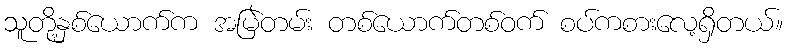
သူတို့နှစ်ယောက်က အမြဲတမ်း တစ်ယောက်တစ်ဝက် စပ်ကစားလေ့ရှိတယ်။